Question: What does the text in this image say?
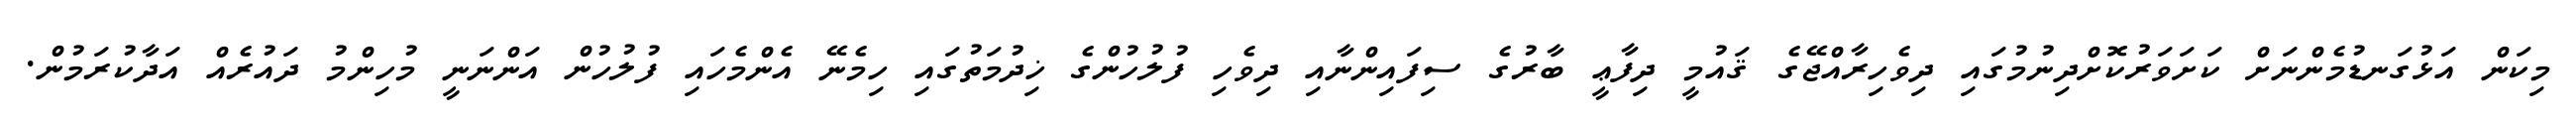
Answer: މިކަން އަޅުގަނޑުމެންނަށް ކަށަވަރުކޮށްދިނުމުގައި ދިވެހިރާއްޖޭގެ ޤައުމީ ދިފާޢީ ބާރުގެ ސިފައިންނާއި ދިވެހި ފުލުހުންގެ ޚިދުމަތުގައި ހިމެނޭ އެންމެހައި ފުލުހުން އަންނަނީ މުހިންމު ދައުރެއް އަދާކުރަމުން.